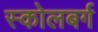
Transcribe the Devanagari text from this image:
स्कोलबर्ग